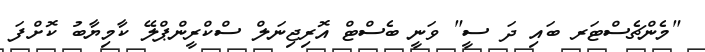
"މެންޗެސްޓަރ ބައި ދަ ސީ" ވަނީ ބެސްޓް އޮރިޖިނަލް ސްކްރީންޕްލޭ ކާމިޔާބު ކޮށްފަ